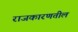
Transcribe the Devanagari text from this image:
राजकारणतील